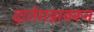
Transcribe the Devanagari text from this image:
दातेगडावरून